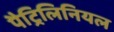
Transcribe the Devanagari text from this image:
पैट्रिलिनियल